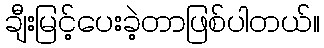
ချီးမြင့်ပေးခဲ့တာဖြစ်ပါတယ်။